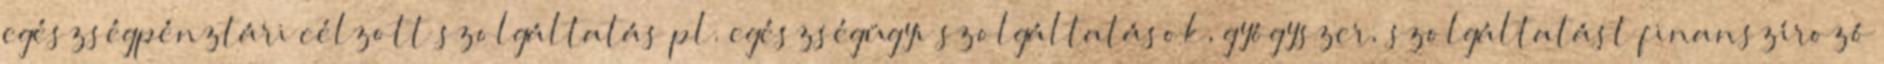
egészségpénztári célzott szolgáltatás pl. egészségügyi szolgáltatások, gyógyszer, szolgáltatást finanszírozó